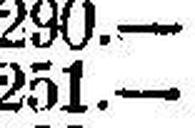
251.—